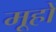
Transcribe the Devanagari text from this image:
मूहों